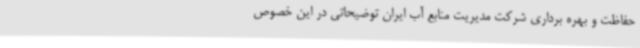
حفاظت و بهره برداری شرکت مدیریت منابع آب ایران توضیحاتی در این خصوص